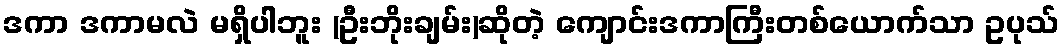
ဒကာ ဒကာမလဲ မရှိပါဘူး (ဦးဘိုးချမ်း)ဆိုတဲ့ ကျောင်းဒကာကြီးတစ်ယောက်သာ ဥပုသ်